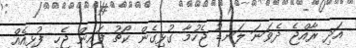
އަދި ރާއްޖެ ދެވަނަ ލަނޑު ޖެހުމާ ގުޅިގެން ކޯޗު ފައިން ޖެހި ފުޅިއެއް